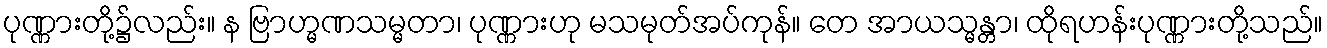
ပုဏ္ဏားတို့၌လည်း။ န ဗြာဟ္မဏသမ္မတာ၊ ပုဏ္ဏားဟု မသမုတ်အပ်ကုန်။ တေ အာယသ္မန္တာ၊ ထိုရဟန်းပုဏ္ဏားတို့သည်။